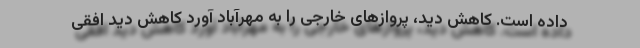
داده است. کاهش دید، پروازهای خارجی را به مهرآباد آورد کاهش دید افقی